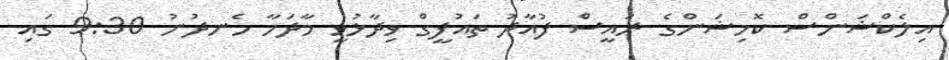
އިލެކްޝަންސް ކޮމިޝަންގެ ރައީސް ފުއާދު ތައުފީގް ވިދާޅުވީ މާދަމާ ހެނދުނު 9:30 ގައި